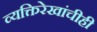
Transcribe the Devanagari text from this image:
व्यक्तिरेखांचीही